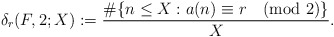
\begin{align*}\delta_r(F, 2; X):=\frac{\#\{n\leq X: a(n)\equiv r \pmod{2}\}}{X}.\end{align*}